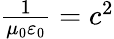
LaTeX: \begin{array}{r}{\frac{1}{\mu_{0}\varepsilon_{0}}=c^{2}}\end{array}